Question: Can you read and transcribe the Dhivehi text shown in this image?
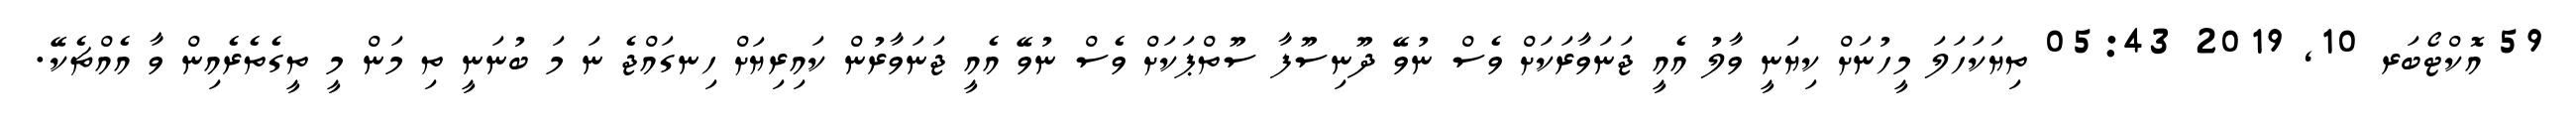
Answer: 59 އޮކްޓޯބަރ 10, 2019 05:43 ތިޔަކަހަލަ މީހުނަށް ކިޔަނީ ވާލު އެއީ ޖަނަވާރަކަށް ވެސް ނުވޭ ދޫނިސޫފާ ސޫތްޕަކަށް ވެސް ނުވޭ އެއީ ޖަނަވާރުން ކައިރިޔަށް ހިނގައްޖެ ނަ މަ ބުނަނީ ތި މަން މީ ތީގެތެރެއިން ވާ އެއްޗެކޭ.